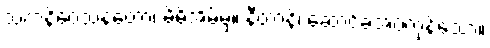
သကနိဝေသနတော၊ မိမိအိမ်မှ။ နီတာနိ၊ ဆောင်ခဲ့အပ်ကုန်သော။